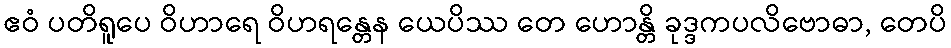
ဧဝံ ပတိရူပေ ဝိဟာရေ ဝိဟရန္တေန ယေပိဿ တေ ဟောန္တိ ခုဒ္ဒကပလိဗောဓာ, တေပိ